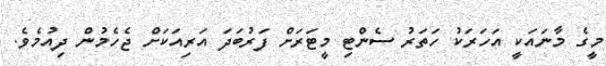
މީގެ މާނައަކީ އަހަރަކު ހަތަރު ސެންޓި މީޓަރަށް ފަރުބަދަ އަރިއަަކަށް ޖެހެމުން ދިއުމެވެ.